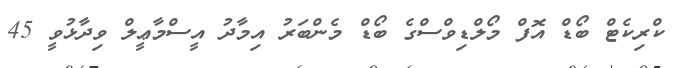
ކްރިކެޓް ބޯޑް އޮފް މޯލްޑިވްސްގެ ބޯޑް މެންބަރު އިމާދު އީސްމާޢީލް ވިދާޅުވީ 45